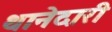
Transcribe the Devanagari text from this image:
थानेदारी